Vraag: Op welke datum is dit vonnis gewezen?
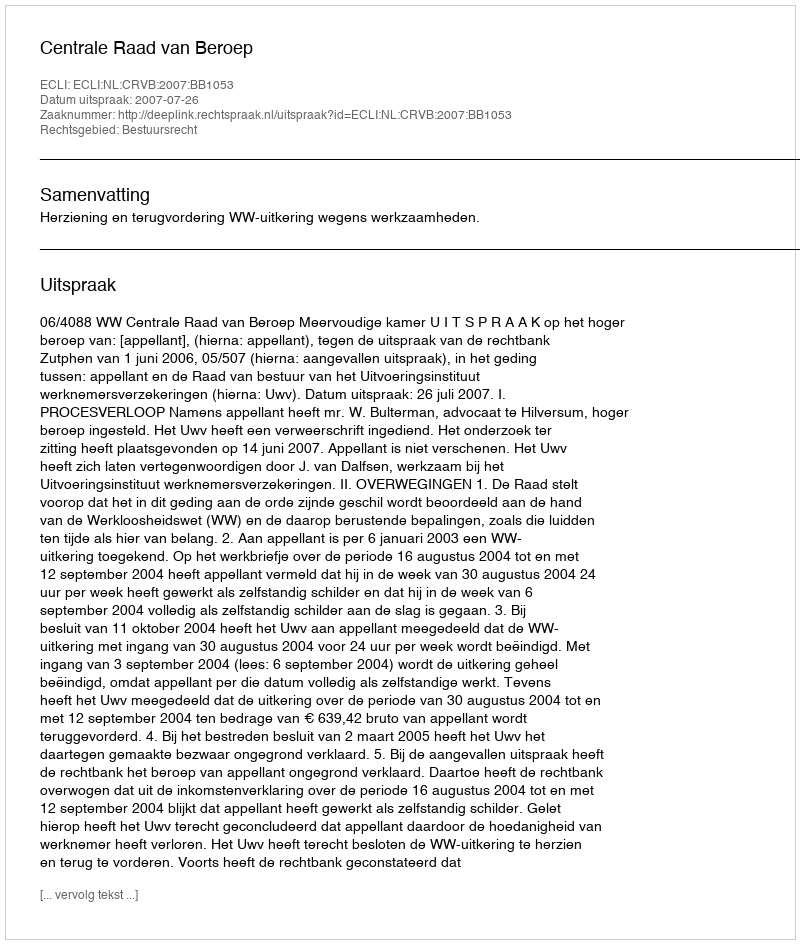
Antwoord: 2007-07-26